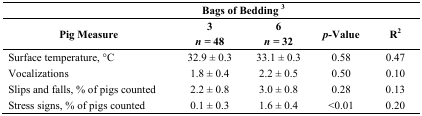
|  | <COLSPAN=2> Bags of Bedding 3 |  |  |
 | Pig Measure | 3 n = 48 | 6 n = 32 | p-Value | R2 |
 | --- | --- | --- | --- | --- |
 | Surface temperature, °C | 32.9 ± 0.3 | 33.1 ± 0.3 | 0.58 | 0.47 |
 | Vocalizations | 1.8 ± 0.4 | 2.2 ± 0.5 | 0.50 | 0.10 |
 | Slips and falls, % of pigs counted | 2.2 ± 0.8 | 3.0 ± 0.8 | 0.28 | 0.13 |
 | Stress signs, % of pigs counted | 0.1 ± 0.3 | 1.6 ± 0.4 | <0.01 | 0.20 |